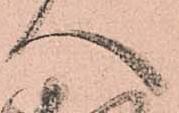
へ